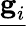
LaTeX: \underline{{\textbf{g}_{i}}}